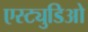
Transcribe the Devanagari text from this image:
एस्ट्युडिओ